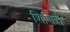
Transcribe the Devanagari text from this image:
शिशिरो